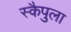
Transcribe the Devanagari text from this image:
स्कैपुला